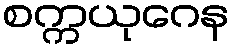
စက္ကယုဂေန